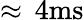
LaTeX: \approx\, \mathrm{4ms}